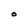
Character: O